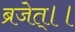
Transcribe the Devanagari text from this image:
ब्रजेत्।।